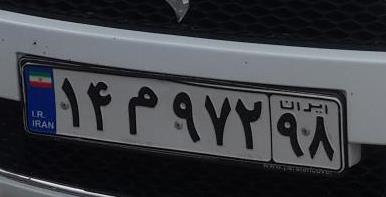
۱۴م۹۷۲۹۸